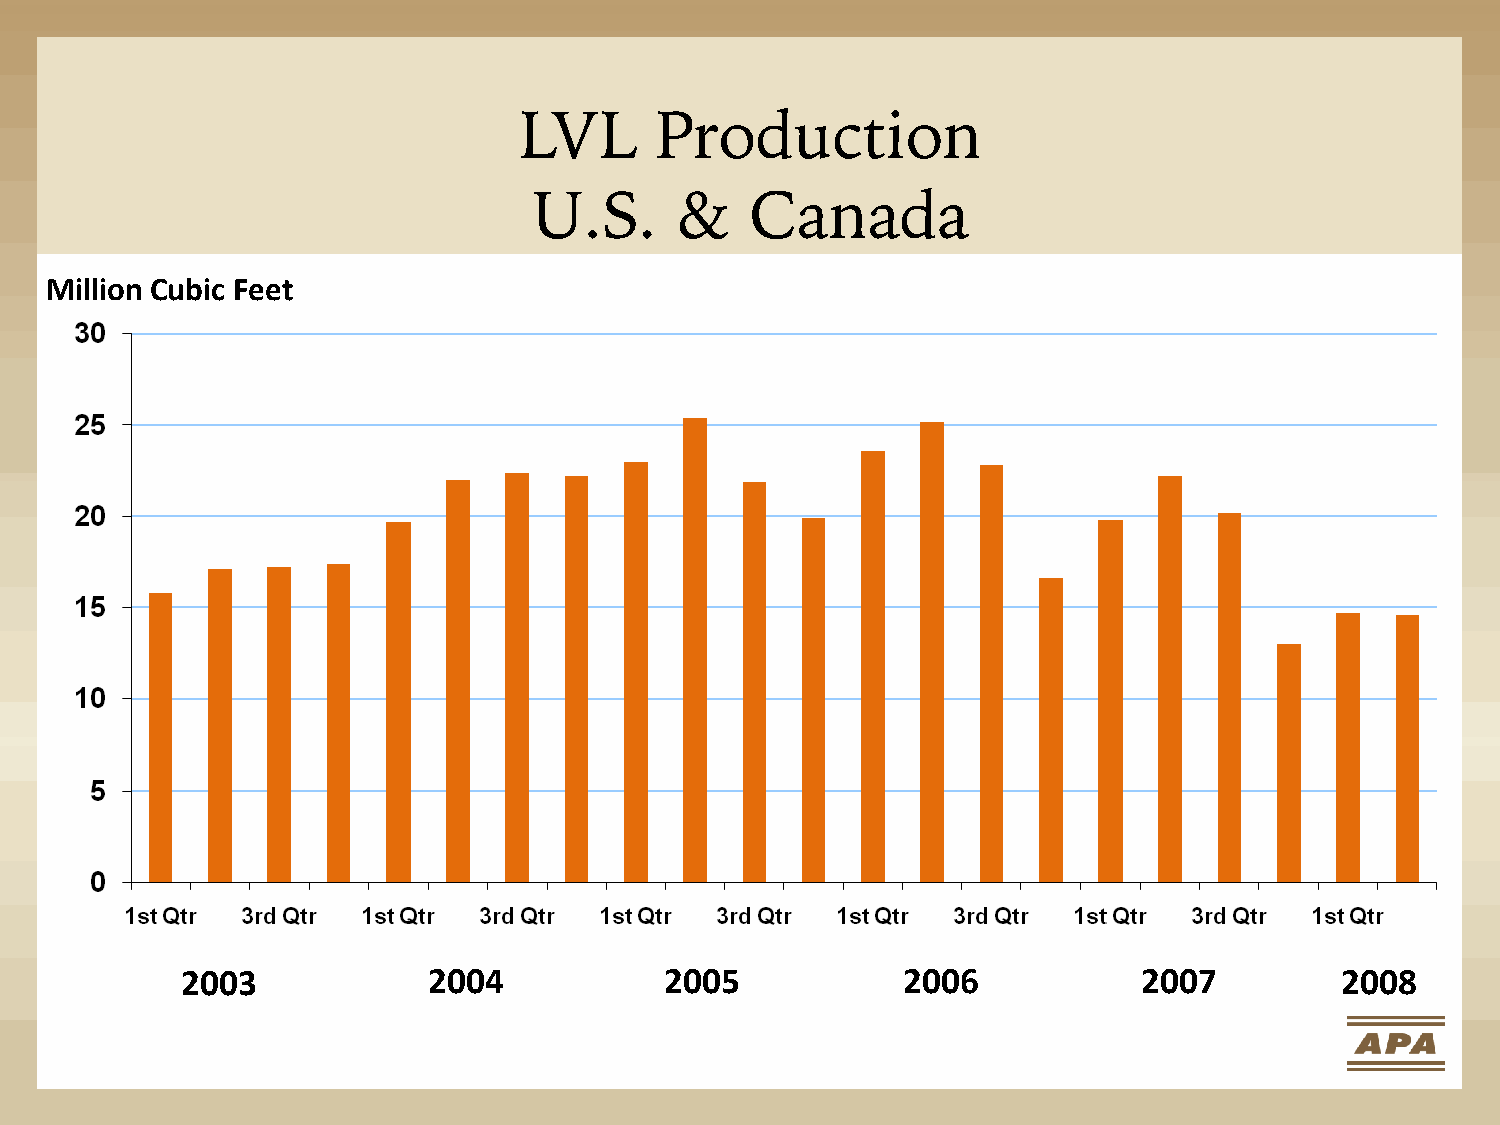
LVL      Production
 U.S.      &    Canada
 Million Cubic Feet
 2003            2004            2005            2006            2007         2008